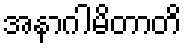
အနာဂါမိတာတိ